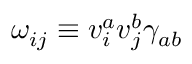
\omega _ { i j } \equiv v _ { i } ^ { a } v _ { j } ^ { b } \gamma _ { a b }